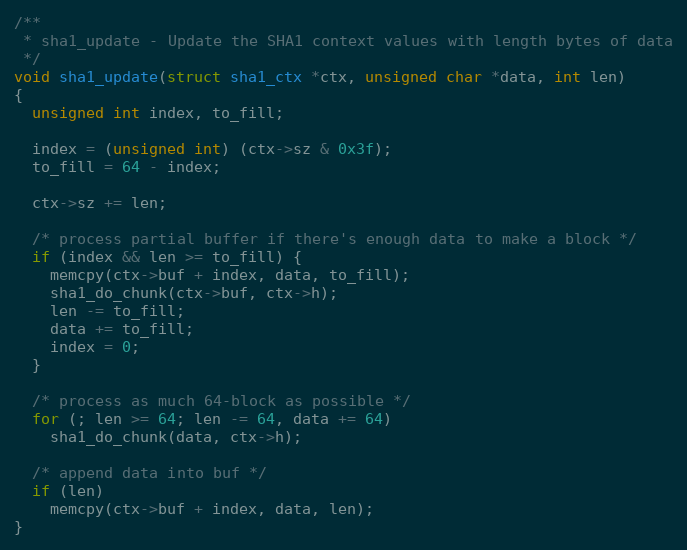
Language: C
/**
 * sha1_update - Update the SHA1 context values with length bytes of data
 */
void sha1_update(struct sha1_ctx *ctx, unsigned char *data, int len)
{
  unsigned int index, to_fill;

  index = (unsigned int) (ctx->sz & 0x3f);
  to_fill = 64 - index;

  ctx->sz += len;

  /* process partial buffer if there's enough data to make a block */
  if (index && len >= to_fill) {
    memcpy(ctx->buf + index, data, to_fill);
    sha1_do_chunk(ctx->buf, ctx->h);
    len -= to_fill;
    data += to_fill;
    index = 0;
  }

  /* process as much 64-block as possible */
  for (; len >= 64; len -= 64, data += 64)
    sha1_do_chunk(data, ctx->h);

  /* append data into buf */
  if (len)
    memcpy(ctx->buf + index, data, len);
}